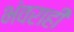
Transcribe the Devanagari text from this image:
भंवराही